Leaving Certificate Examination, 1922
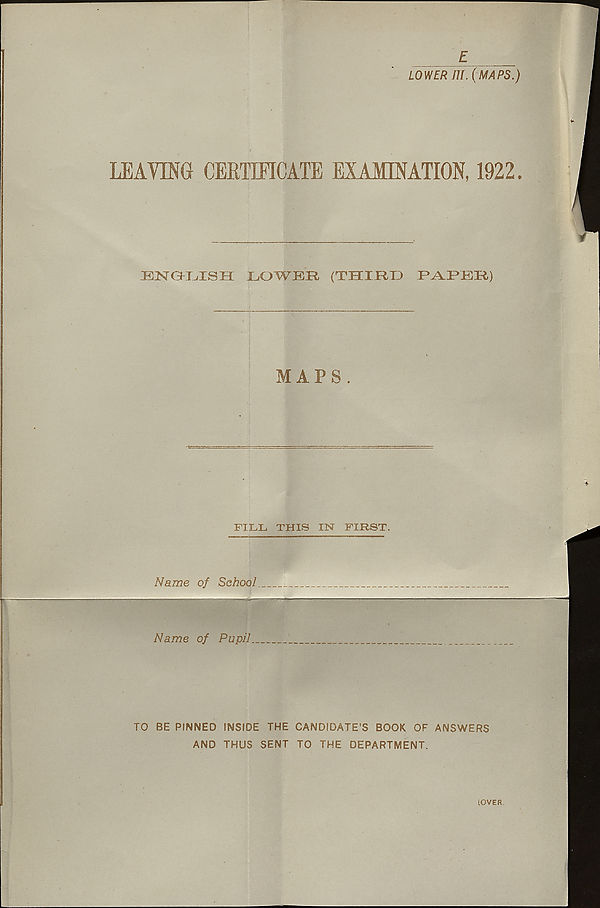
£
LOWER JIL (MAPS.)
LEAVING CERTIFICATE EXAMINATION, 1922.
ENC+IjISH LOWER (THIRD PARER)
MAPS .
FILL THIS IN FIRST.
Name of School.
Name of Pupil.
TO BE PINNED INSIDE THE CANDIDATE’S BOOK OF ANSWERS
AND THUS SENT TO THE DEPARTMENT.
[OVER.